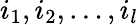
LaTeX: i_{1},i_{2},\dots,i_{l}